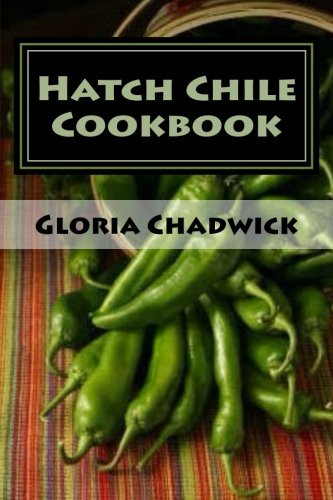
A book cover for Hatch Chile Cookbook; Gloria Chadwick; Cookbooks, Food & Wine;